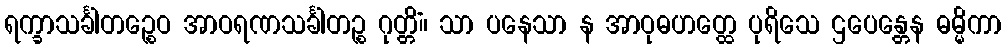
ရက္ခာသင်္ခါတဉ္စေဝ အာဝရဏသင်္ခါတဉ္စ ဂုတ္တိံ။ သာ ပနေသာ န အာဝုဓဟတ္ထေ ပုရိသေ ဌပေန္တေန ဓမ္မိကာ